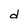
Character: d